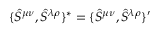
\{ \hat { S } ^ { \mu \nu } , \hat { S } ^ { \lambda \rho } \} ^ { * } = \{ \hat { S } ^ { \mu \nu } , \hat { S } ^ { \lambda \rho } \} ^ { \prime }